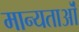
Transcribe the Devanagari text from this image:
मान्यताऒं